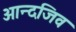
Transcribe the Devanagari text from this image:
ओन्दजिव